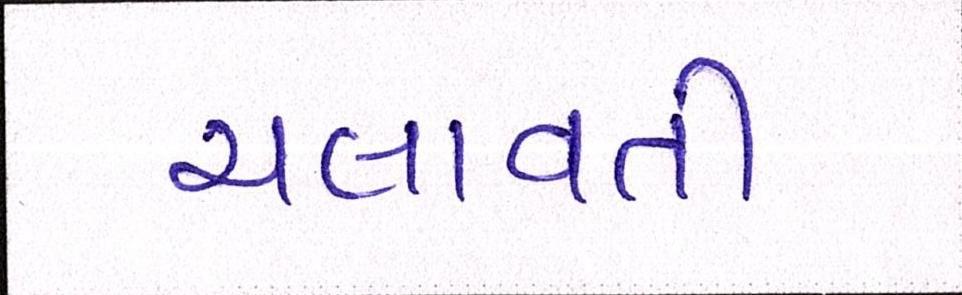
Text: ચલાવતી